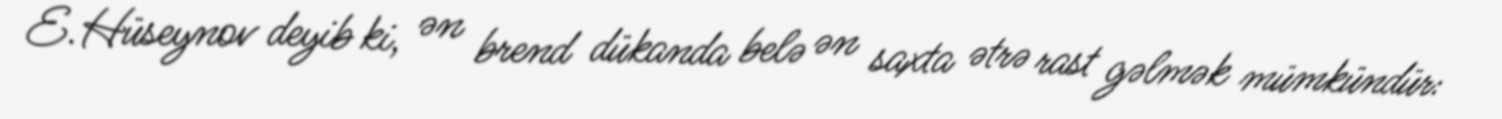
E.Hüseynov deyib ki, ən brend dükanda belə ən saxta ətrə rast gəlmək mümkündür: